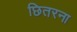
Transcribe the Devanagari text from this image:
छितरना